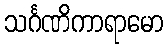
သင်္ဂဏိကာရာမော